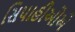
સિપાહીઓએ